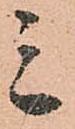
三